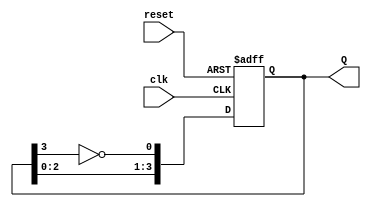
module johnson_counter #(
    parameter N = 4  // Number of D flip-flops (example: 4 for a 4-stage counter)
)(
    input wire clk,       // Clock input
    input wire reset,     // Asynchronous reset input
    output reg [N-1:0] Q // Counter output
);

    // Internal signal for the feedback to the first flip-flop
    wire feedback;

    // Inverted output of the last flip-flop
    assign feedback = ~Q[N-1];

    always @(posedge clk or posedge reset) begin
        if (reset) begin
            // Asynchronous reset: reset all flip-flops to 0
            Q <= {N{1'b0}};
        end else begin
            // Johnson counter state update
            Q <= {Q[N-2:0], feedback};
        end
    end

endmodule